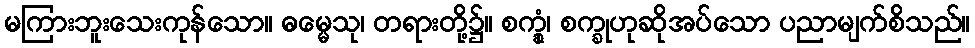
မကြားဘူးသေးကုန်သော။ ဓမ္မေသု၊ တရားတို့၌။ စက္ခုံ၊ စက္ခုဟုဆိုအပ်သော ပညာမျက်စိသည်။